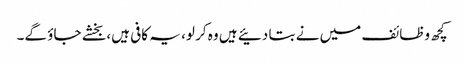
کچھ وظائف میں نے بتا دئیے ہیں وہ کر لو، یہ کافی ہیں، بخشے جاؤ گے۔